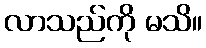
လာသည်ကို မသိ။